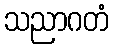
သညာဂတံ